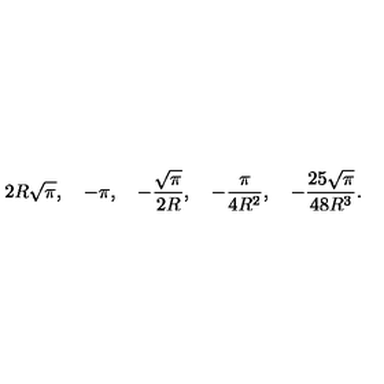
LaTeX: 2 R \sqrt \pi , \quad - \pi , \quad - \frac { \sqrt \pi } { 2 R } , \quad - \frac { \pi } { 4 R ^ { 2 } } , \quad - \frac { 2 5 \sqrt \pi } { 4 8 R ^ { 3 } } { . }